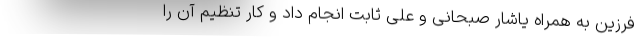
فرزین به همراه یاشار صبحانی و علی ثابت انجام داد و کار تنظیم آن را